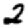
Digit: 2